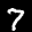
Label: 7